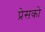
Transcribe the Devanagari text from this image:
प्रेसको